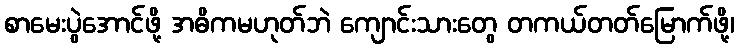
စာမေးပွဲအောင်ဖို့ အဓိကမဟုတ်ဘဲ ကျောင်းသားတွေ တကယ်တတ်မြောက်ဖို့၊